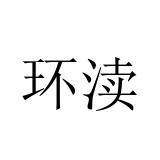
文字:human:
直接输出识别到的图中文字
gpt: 环渎